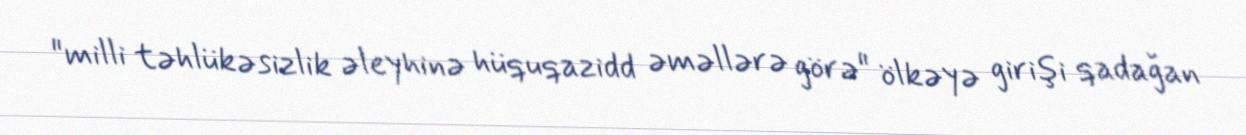
"milli təhlükəsizlik əleyhinə hüquqazidd əməllərə görə" ölkəyə girişi qadağan